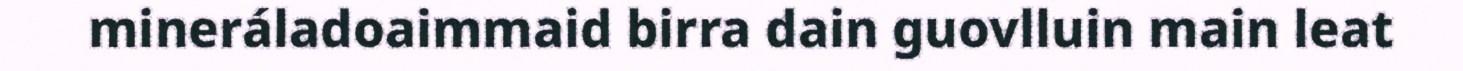
mineráladoaimmaid birra dain guovlluin main leat